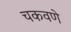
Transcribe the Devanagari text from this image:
चकवणे